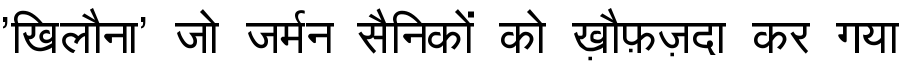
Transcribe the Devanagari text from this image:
'खिलौना' जो जर्मन सैनिकों को ख़ौफ़ज़दा कर गया